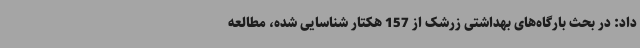
داد: در بحث بارگاه‌های بهداشتی زرشک از 157 هکتار شناسایی شده، مطالعه